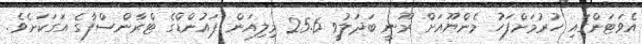
އެވަޓަންގައި ހުރުމަށްފަހު މެންޔޫއަށް ރޫނީ ބަދަލުވީ 25.6 މިލިއަން ޕައުންޑްގެ ޓްރާންސްފާގެ އަގަކަށެވެ.